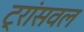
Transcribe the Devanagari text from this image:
ट्रांसवल